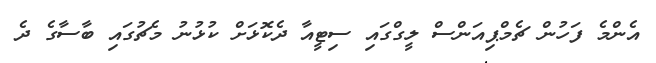
އެންމެ ފަހުން ޗެމްޕިއަންސް ލީގްގައި ސިޓީއާ ދެކޮޅަށް ކުޅުނު މެޗުގައި ބާސާގެ ދެ